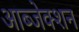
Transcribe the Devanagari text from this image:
आब्जेक्शन